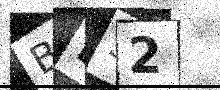
Text: BL32